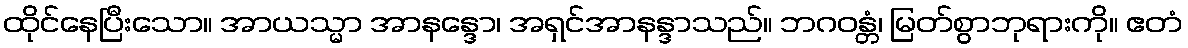
ထိုင်နေပြီးသော။ အာယသ္မာ အာနန္ဒော၊ အရှင်အာနန္ဒာသည်။ ဘဂဝန္တံ၊ မြတ်စွာဘုရားကို။ ဧတံ